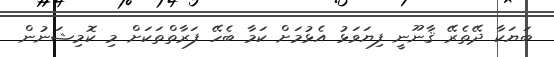
ބަޔަކާ ދޭތެރޭ ޤާނޫނީ ފިޔަވަޅު އެޅުމަށް ކަމާ ބެހޭ ފަރާތްތަކަށް މި ކޮމިޝަނުން